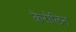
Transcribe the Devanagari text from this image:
केरोलिन